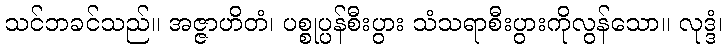
သင်ဘခင်သည်။ အဇ္ဇာဟိတံ၊ ပစ္စုပ္ပန်စီးပွား သံသရာစီးပွားကိုလွန်သော။ လုဒ္ဒံ၊